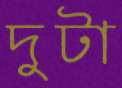
দুটা